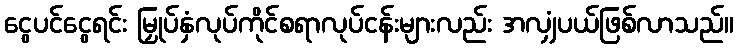
ငွေပင်ငွေရင်း မြှုပ်နှံလုပ်ကိုင်စရာလုပ်ငန်းများလည်း အလျှံပယ်ဖြစ်လာသည်။